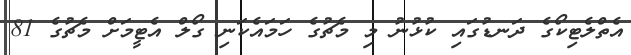
އެތްލެޓިކޯގެ ދަނޑުގައި ކުޅުނު މި މެޗުގެ ހަމައެކަނި ގޯލް އެޓީމަށް މެޗުގެ 81